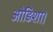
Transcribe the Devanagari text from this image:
ओड़िशा।